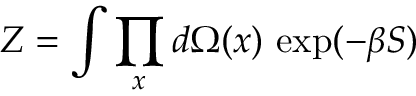
Z = \int \prod _ { x } d \Omega ( x ) \, \exp ( - \beta S )